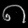
Digit: ၈